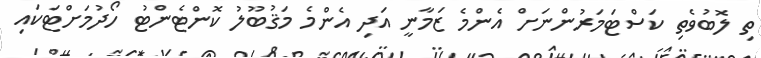
ތި ލޮބުވެތި ކަސްޓަމަރުންނަށް އެންމެ ޒަމާނީ އަދި އެންމެ މަޤުބޫލު ކޮންޓެންޓު ހޯދުމަށްޓަކައި